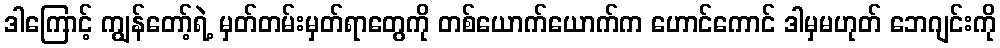
ဒါကြောင့် ကျွန်တော့်ရဲ့ မှတ်တမ်းမှတ်ရာတွေကို တစ်ယောက်ယောက်က ဟောင်ကောင် ဒါမှမဟုတ် ဘေဂျင်းကို